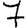
Digit: 7